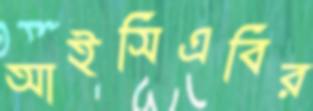
আইসিএবির